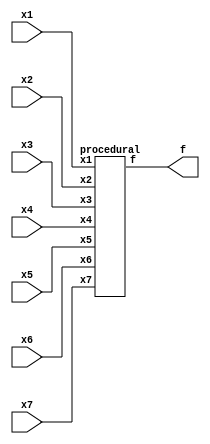
/*
* Edward Zhu
* Project 1 - Seven Sensor Alarm
* 9/17/14
*/
module Project1(f, x1, x2, x3, x4, x5, x6, x7);
   output f;
	input x1, x2, x3, x4, x5, x6, x7;
	
	//struct U1(f, x1, x2, x3, x4, x5, x6, x7);
	//continuous U2(f, x1, x2, x3, x4, x5, x6, x7);
	procedural U3(f, x1, x2, x3, x4, x5, x6, x7);
	
endmodule

module struct(f, x1, x2, x3, x4, x5, x6, x7);
	output f;
	input x1, x2, x3, x4, x5, x6, x7;
	wire y1, y2, y3, y4, y5, y6, y7, nx1, nx2, nx3, nx4, nx5, nx6, nx7;
  
	not(nx1, x1);
	not(nx2, x2);
	not(nx3, x3);
	not(nx4, x4);
	not(nx5, x5);
	not(nx6, x6);
	not(nx7, x7);
	or(y1, nx1, nx2, nx3, nx4, nx5, nx6);
	or(y2, nx1, nx2, nx3, nx4, nx5, nx7);
	or(y3, nx1, nx2, nx3, nx4, nx6, nx7);
	or(y4, nx1, nx2, nx3, nx5, nx6, nx7);
	or(y5, nx1, nx2, nx4, nx5, nx6, nx7);
	or(y6, nx1, nx3, nx4, nx5, nx6, nx7);
	or(y7, nx2, nx3, nx4, nx5, nx6, nx7);
	and(f, y1, y2, y3, y4, y5, y6, y7);
  
endmodule 



module continuous(f, x1, x2, x3, x4, x5, x6, x7);
	output f;
	input x1, x2, x3, x4, x5, x6, x7;
	
	assign f = (~x1|~x2|~x3|~x4|~x5|~x6)&(~x1|~x2|~x3|~x4|~x5|~x7)
					&(~x1|~x2|~x3|~x4|~x6|~x7)&(~x1|~x2|~x3|~x5|~x6|~x7)
					&(~x1|~x2|~x4|~x5|~x6|~x7)&(~x1|~x3|~x4|~x5|~x6|~x7)
					&(~x2|~x3|~x4|~x5|~x6|~x7);
  
endmodule 



module procedural(f, x1, x2, x3, x4, x5, x6, x7);
	output reg f;
	input x1, x2, x3, x4, x5, x6, x7;
	reg [2:0]count;
	
	always @(x1, x2, x3, x4, x5, x6, x7, f)
	begin
		count = x1 + x2 + x3 + x4 + x5 + x6 + x7;
		if (count <= 5)
			f = 1;
		else
			f = 0;
	end

endmodule